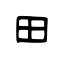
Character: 田